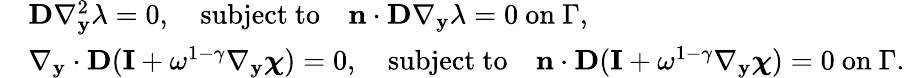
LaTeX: \begin{array}{rl}&{\textbf{D}\nabla_{\mathbf y}^{2}\lambda=0,\quad\mathrm{subject~to}\quad\mathbf n\cdot\textbf{D}\nabla_{\mathbf y}\lambda=0\mathrm{~on~}\Gamma,}\\ &{\nabla_{\mathbf y}\cdot\textbf{D}(\mathbf I+\omega^{1-\gamma}\nabla_{\mathbf y}\boldsymbol{\chi})=0,\quad\mathrm{subject~to}\quad\mathbf n\cdot\textbf{D}(\mathbf I+\omega^{1-\gamma}\nabla_{\mathbf y}\boldsymbol{\chi})=0\mathrm{~on~}\Gamma.}\end{array}